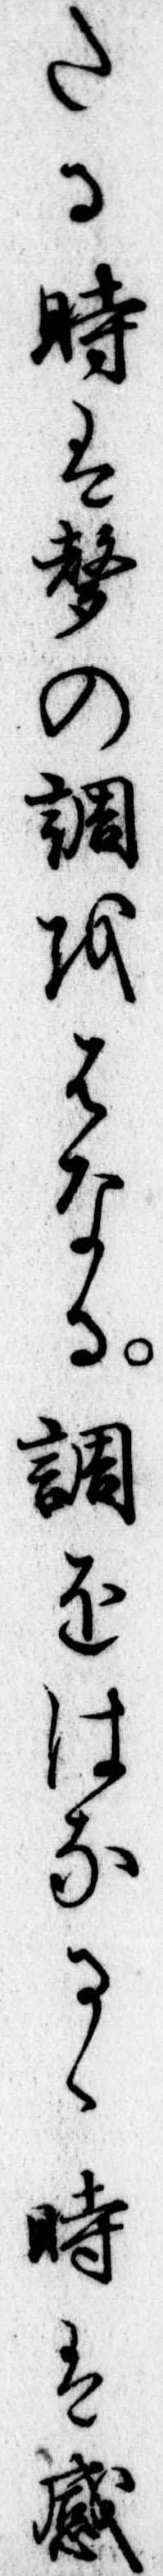
たる時は声の調をはなる調をはなるゝ時は感